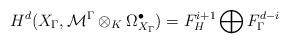
LaTeX: \begin{align*}H^{d}(X_{\Gamma},{\mathcal {M}}^{\Gamma}\otimes_K\Omega^{\bullet}_{{X}_{\Gamma}} )=F_H^{i+1}\bigoplus F_{\Gamma}^{d-i}\end{align*}